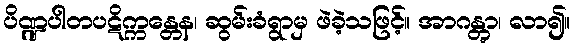
ပိဏ္ဍပါတပဋိက္ကန္တေန၊ ဆွမ်းခံရွာမှ ဖဲခဲ့သဖြင့်။ အာဂန္တွာ၊ လာ၍။